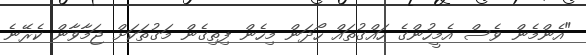
"އެންމެން ވެސް އެމީހުންގެ ހައްގުތައް ހޯދަން މިހެން ފިތިގެން މަގުތަކަށް ޖަމާވާން ކެރޭނެ